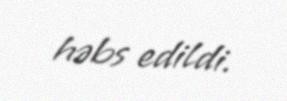
həbs edildi.